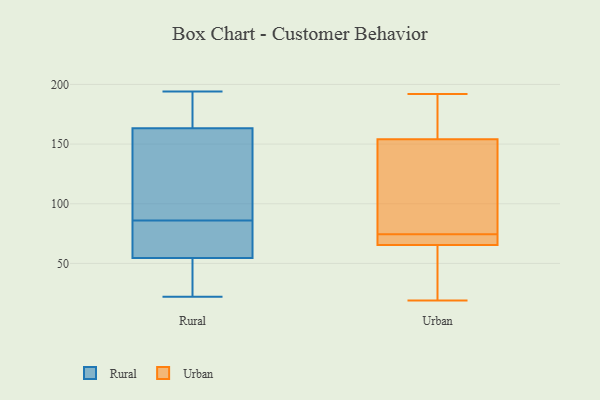
{"axis": {"x": "Latency (ms)", "y": "Value"}, "legend": ["Rural", "Urban"], "data": [{"x": "", "y": 54, "type": "Rural"}, {"x": "", "y": 41, "type": "Rural"}, {"x": "", "y": 134, "type": "Rural"}, {"x": "", "y": 165, "type": "Rural"}, {"x": "", "y": 190, "type": "Rural"}, {"x": "", "y": 56, "type": "Rural"}, {"x": "", "y": 23, "type": "Rural"}, {"x": "", "y": 22, "type": "Rural"}, {"x": "", "y": 86, "type": "Rural"}, {"x": "", "y": 194, "type": "Rural"}, {"x": "", "y": 142, "type": "Rural"}, {"x": "", "y": 56, "type": "Rural"}, {"x": "", "y": 182, "type": "Rural"}, {"x": "", "y": 40, "type": "Rural"}, {"x": "", "y": 63, "type": "Rural"}, {"x": "", "y": 192, "type": "Rural"}, {"x": "", "y": 80, "type": "Rural"}, {"x": "", "y": 155, "type": "Rural"}, {"x": "", "y": 158, "type": "Rural"}, {"x": "", "y": 121, "type": "Urban"}, {"x": "", "y": 19, "type": "Urban"}, {"x": "", "y": 71, "type": "Urban"}, {"x": "", "y": 173, "type": "Urban"}, {"x": "", "y": 91, "type": "Urban"}, {"x": "", "y": 144, "type": "Urban"}, {"x": "", "y": 66, "type": "Urban"}, {"x": "", "y": 48, "type": "Urban"}, {"x": "", "y": 76, "type": "Urban"}, {"x": "", "y": 73, "type": "Urban"}, {"x": "", "y": 73, "type": "Urban"}, {"x": "", "y": 172, "type": "Urban"}, {"x": "", "y": 29, "type": "Urban"}, {"x": "", "y": 192, "type": "Urban"}, {"x": "", "y": 164, "type": "Urban"}, {"x": "", "y": 65, "type": "Urban"}]}